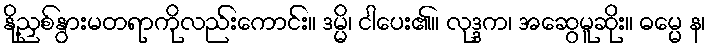
နို့ညှစ်နွားမတရာကိုလည်းကောင်း။ ဒမ္မိ၊ ငါပေး၏။ လုဒ္ဒက၊ အဆွေမူဆိုး။ ဓမ္မေ န၊